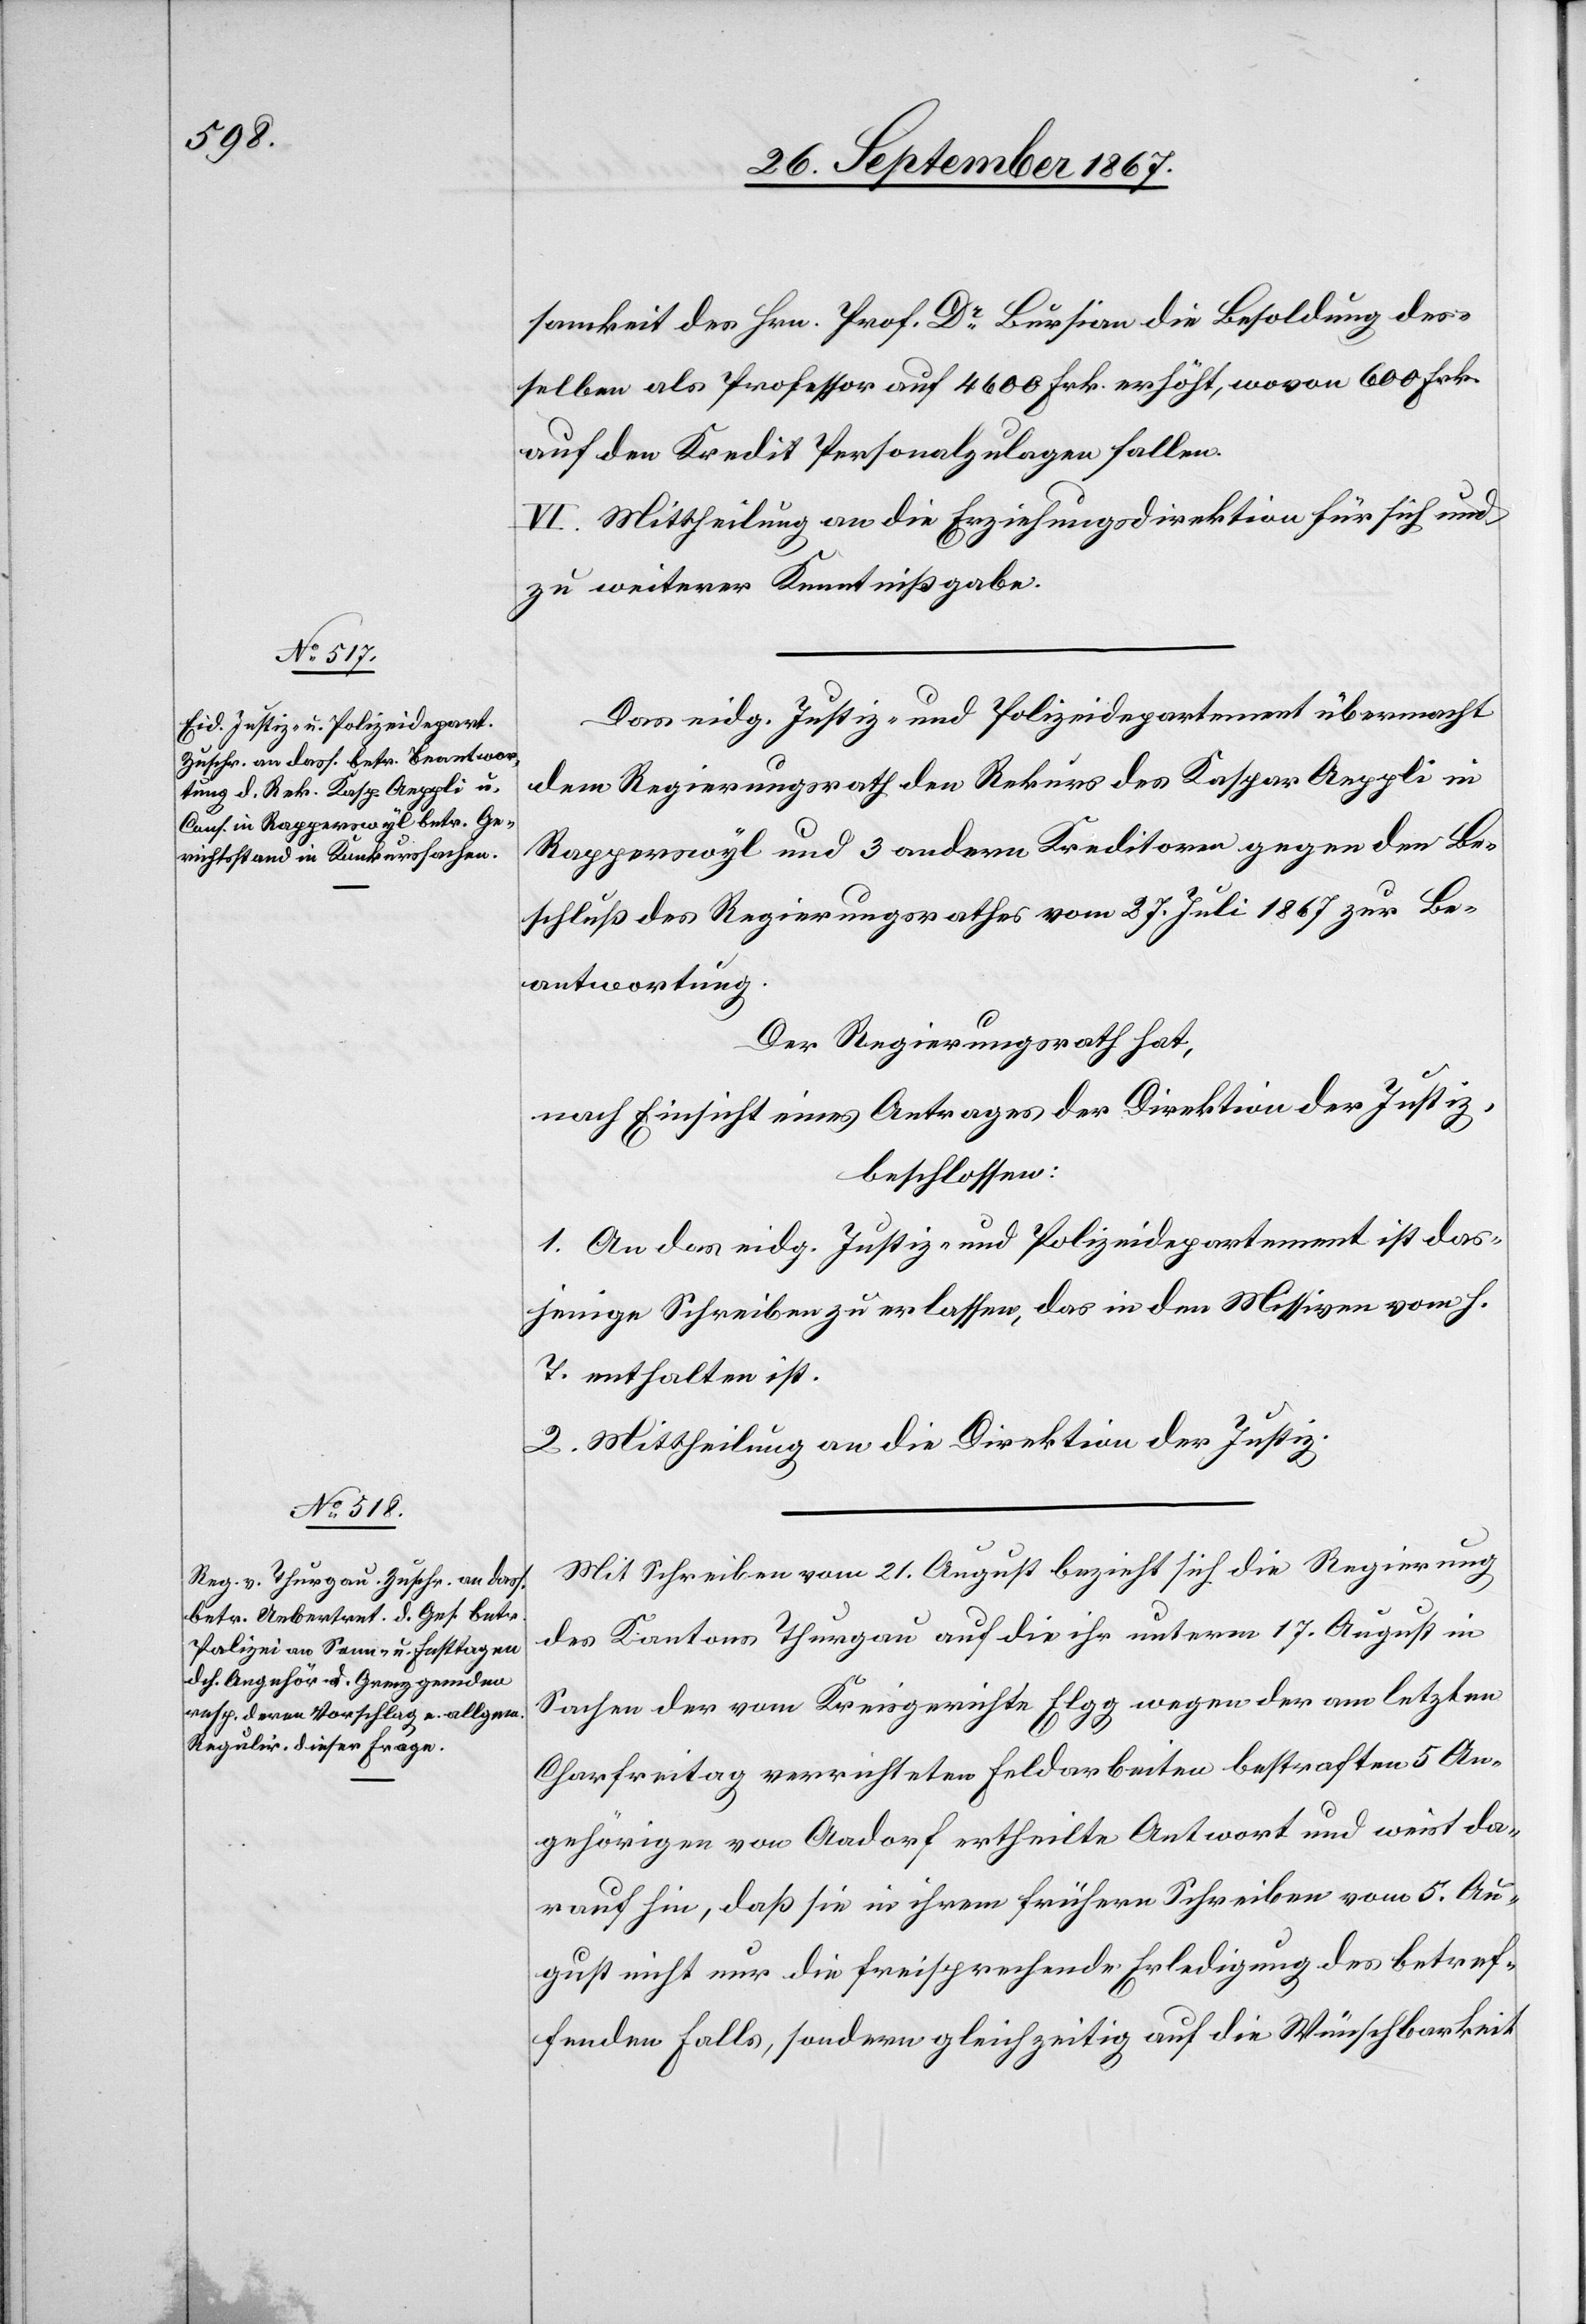
samkeit des Hrn. Prof. Dr. Bursian die Besoldung des¬
selben als Professor auf 4600 Frk. erhöht, wovon 600 Frk.
auf den Kredit Personalzulagen fallen.
VI. Mittheilung an die Erziehungsdirektion für sich und
zu weiterer Kenntnißgabe.
Das eidg. Justiz- u. Polizeidepartement übermacht
dem Regierungsrath den Rekurs des Kaspar Aeppli in
Rapperswyl und 3 andern Kreditoren gegen den Be¬
schluß des Regierungsrathes vom 27. Juli zur Be¬
antwortung.
Der Regierungsrath hat,
nach Einsicht eines Antrages der Direktion der Justiz,
beschlossen:
1. An das eidg. Justiz- u. Polizeidepartement ist das¬
jenige Schreiben zu erlassen, das in den Missiven vom h.
T. enthalten ist.
2. Mittheilung an die Direktion der Justiz.
Mit Schreiben vom 21. August bezieht sich die Regierung
des Kantons Thurgau auf die ihr unterm 17. August in
Sachen der vom Kreisgerichte Elgg wegen der am letzten
Charfreitag verrichteten Feldarbeiten bestraften 5 An¬
gehörigen von Aadorf ertheilte Antwort und weist da¬
rauf hin, daß sie in ihrem frühern Schreiben vom 5. Au¬
gust nicht nur die freisprechende Erledigung des betref¬
fenden Falls, sondern gleichzeitig auf die Wünschbarkeit